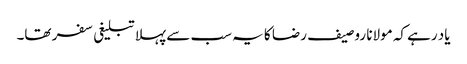
یاد رہے کہ مولانا روصیف رضا کا یہ سب سے پہلا تبلیغی سفر تھا۔